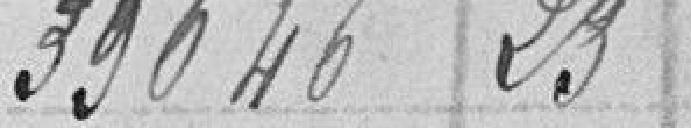
39646,23